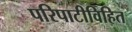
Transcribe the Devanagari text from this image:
परिपाटीविहित